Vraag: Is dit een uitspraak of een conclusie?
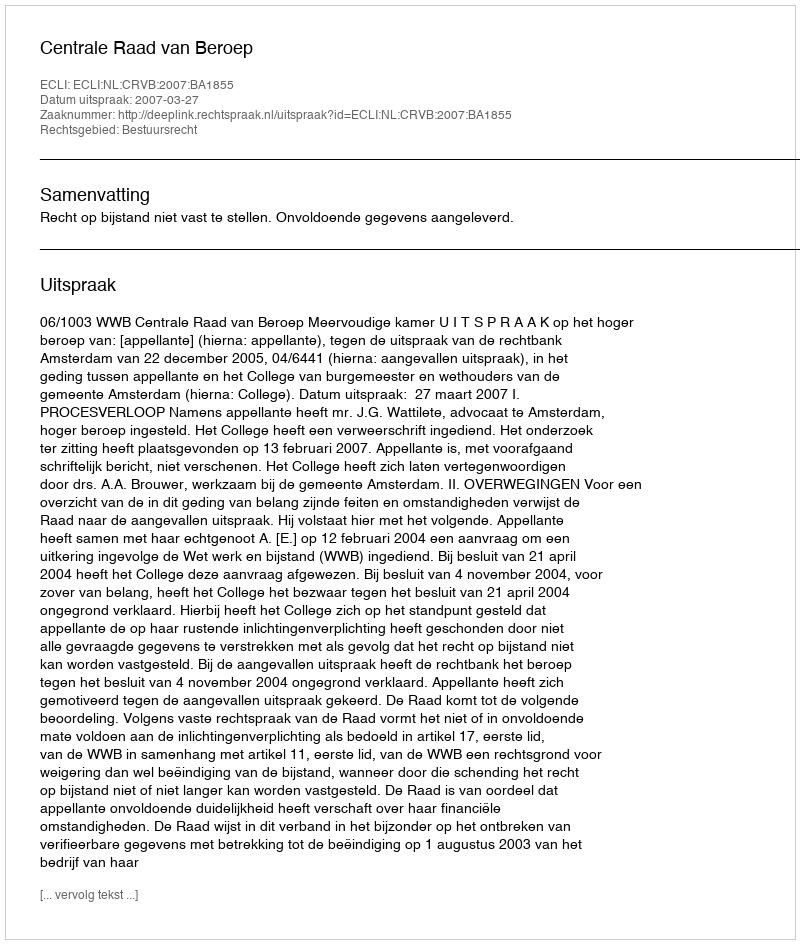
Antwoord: Uitspraak